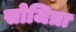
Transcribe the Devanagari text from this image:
सोजित्रा